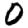
Digit: 0